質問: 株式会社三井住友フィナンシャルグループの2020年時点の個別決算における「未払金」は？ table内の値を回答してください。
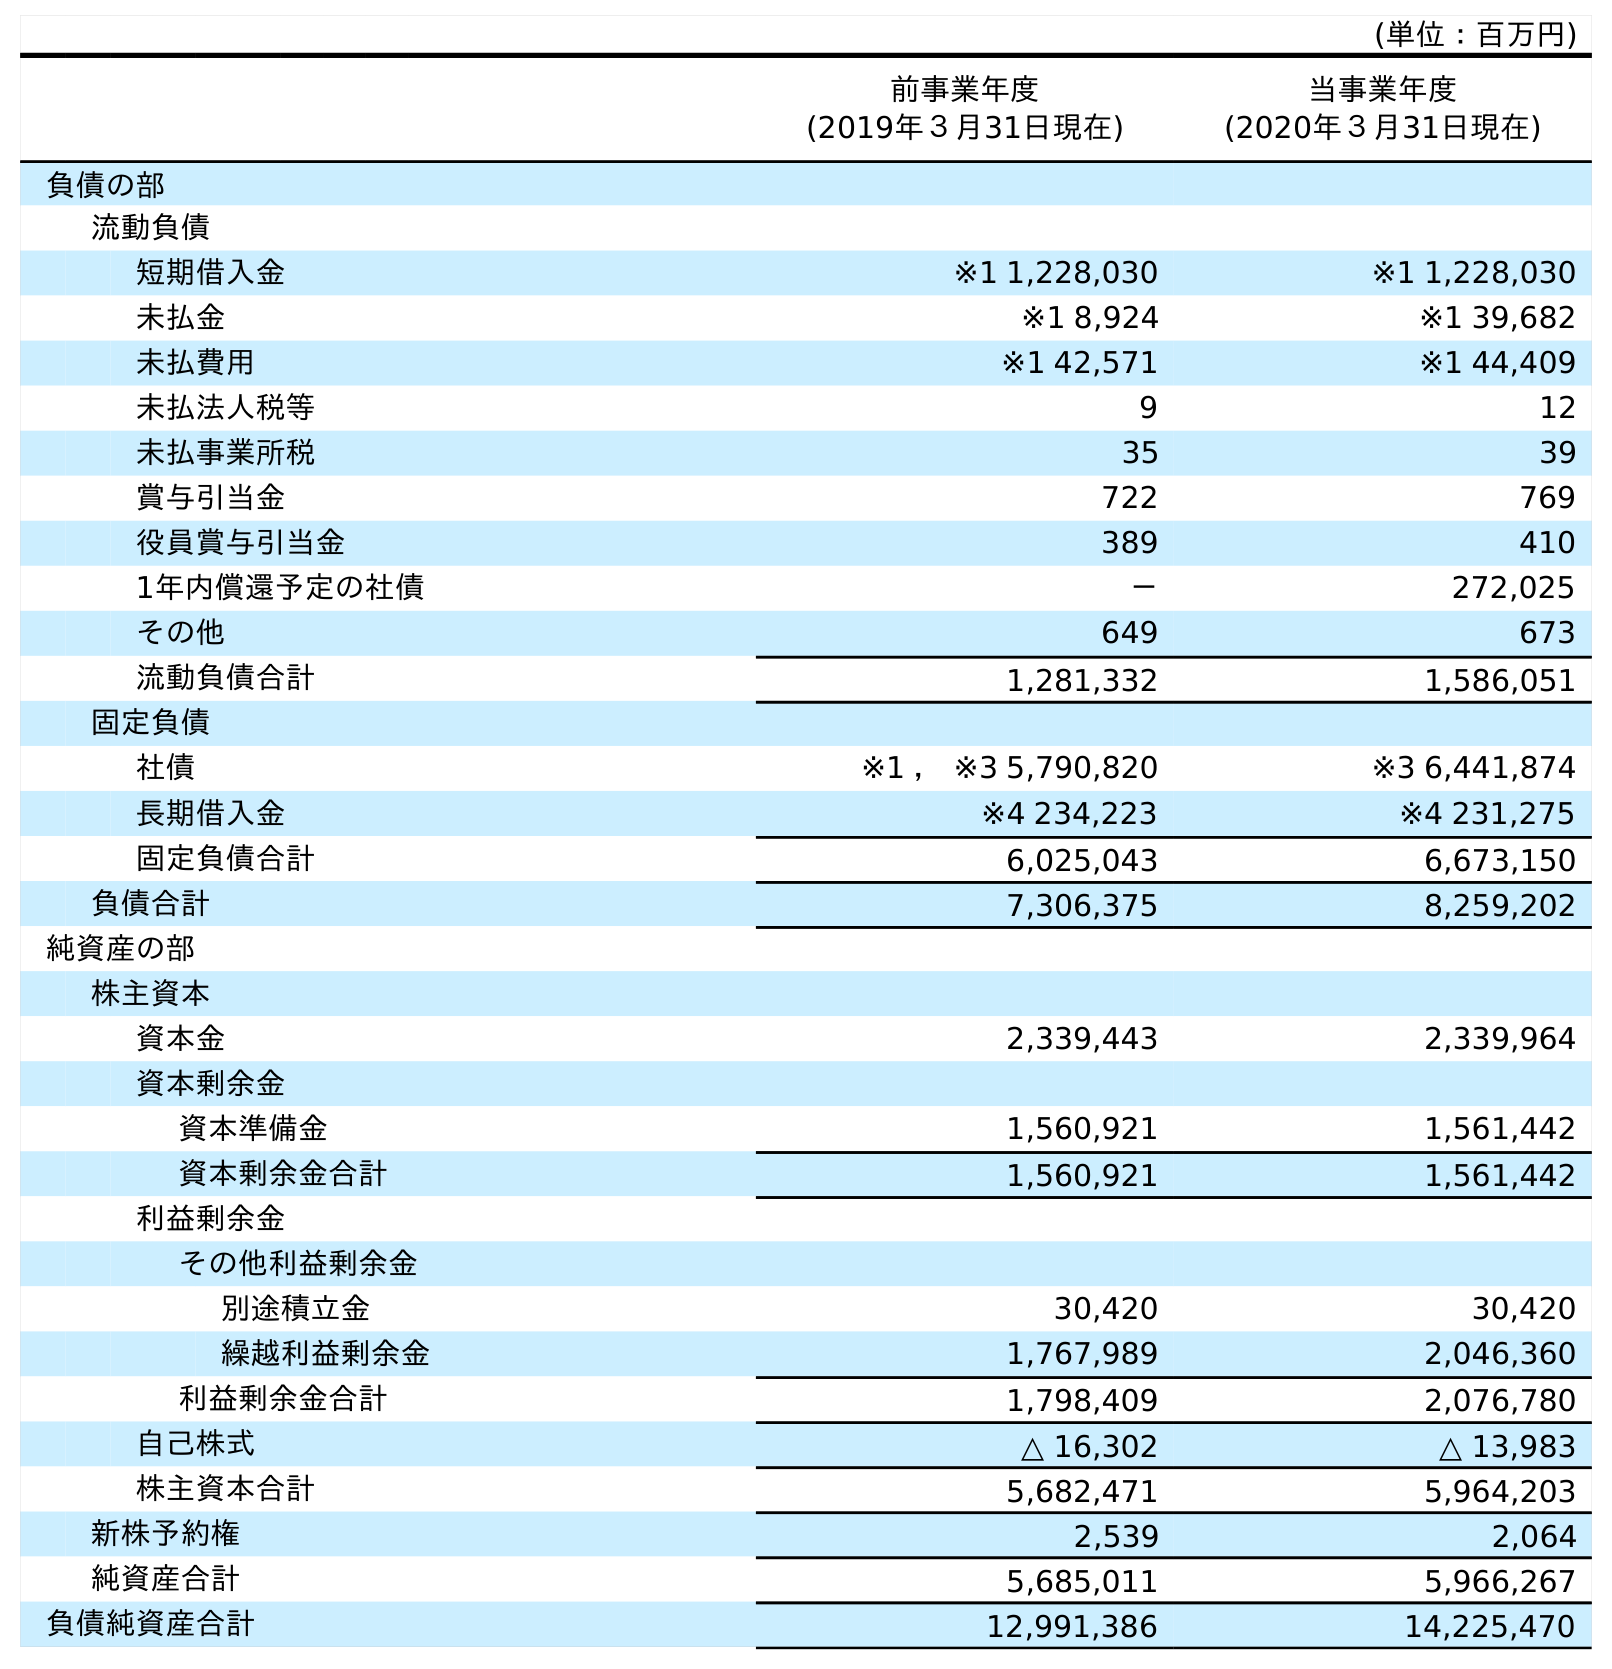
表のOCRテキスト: (単位：百万円) 前事業年度 (2019年３月31日現在) 当事業年度 (2020年３月31日現在) 負債の部 流動負債 短期借入金 ※1 1,228,030 ※1 1,228,030 未払金 ※1 8,924 ※1 39,682 未払費用 ※1 42,571 ※1 44,409 未払法人税等 9 12 未払事業所税 35 39 賞与引当金 722 769 役員賞与引当金 389 410 1年内償還予定の社債 － 272,025 その他 649 673 流動負債合計 1,281,332 1,586,051 固定負債 社債 ※1 ， ※3 5,790,820 ※3 6,441,874 長期借入金 ※4 234,223 ※4 231,275 固定負債合計 6,025,043 6,673,150 負債合計 7,306,375 8,259,202 純資産の部 株主資本 資本金 2,339,443 2,339,964 資本剰余金 資本準備金 1,560,921 1,561,442 資本剰余金合計 1,560,921 1,561,442 利益剰余金 その他利益剰余金 別途積立金 30,420 30,420 繰越利益剰余金 1,767,989 2,046,360 利益剰余金合計 1,798,409 2,076,780 自己株式 △ 16,302 △ 13,983 株主資本合計 5,682,471 5,964,203 新株予約権 2,539 2,064 純資産合計 5,685,011 5,966,267 負債純資産合計 12,991,386 14,225,470
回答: ※139,682